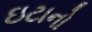
ઇટાનો